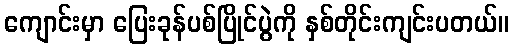
ကျောင်းမှာ ပြေးခုန်ပစ်ပြိုင်ပွဲကို နှစ်တိုင်းကျင်းပတယ်။